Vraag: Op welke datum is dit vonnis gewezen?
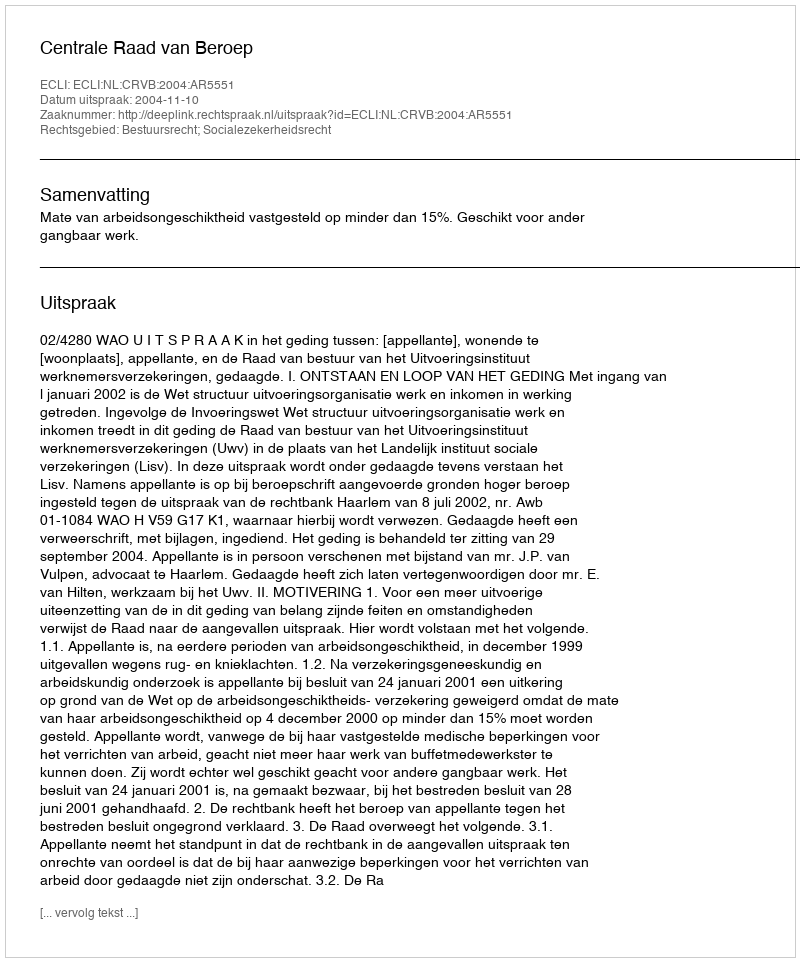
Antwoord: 2004-11-10